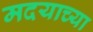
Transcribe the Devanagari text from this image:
मदयाच्या